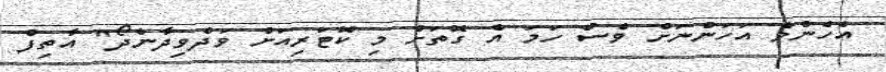
އެހެންވެ އަހަންނަށް ވެސް ހަމަ އެ ގޮތަށް މި ކޮޓަރިއަށް ވަދެވިދާނެދޯ" އާތިފް